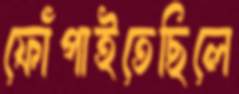
ফোঁপাইতেছিলে